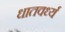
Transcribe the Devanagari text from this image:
धातवर्ध्य